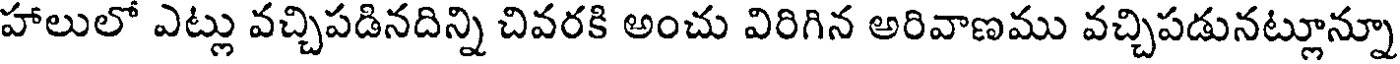
హాలులో ఎట్లు వచ్చిపడినదిన్ని చివరకి అంచు విరిగిన అరివాణము వచ్చిపడునట్లూన్నూ